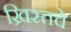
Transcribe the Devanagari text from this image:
ख्रिस्तचे